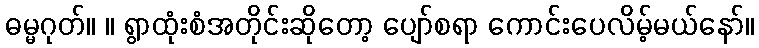
ဓမ္မဂုတ်။ ။ ရွာထုံးစံအတိုင်းဆိုတော့ ပျော်စရာ ကောင်းပေလိမ့်မယ်နော်။